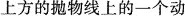
上方的抛物线上的一个动